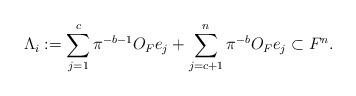
LaTeX: \begin{align*} \Lambda_i := \sum_{j = 1}^c \pi^{-b-1}O_F e_j + \sum_{j = c+1}^n \pi^{-b} O_F e_j \subset F^n.\end{align*}